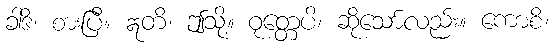
ခါဒိ၊ စားပြီ။ ဣတိ၊ ဤသို့။ ဝုတ္တေပိ၊ ဆိုသော်လည်း။ ကောစိ၊